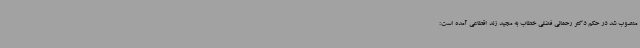
منصوب شد در حکم دکتر رحمانی فضلی خطاب به مجید زند اقطاعی آمده است: